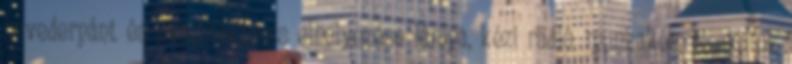
hevederpánt és akasztókapocs elhelyezése lámpa, kézi rádió, munkakés, bicskatok